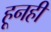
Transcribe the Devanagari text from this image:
हूनही